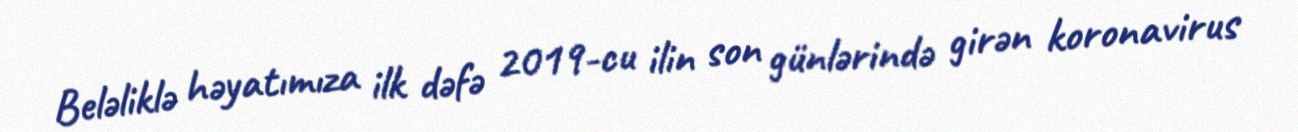
Beləliklə həyatımıza ilk dəfə 2019-cu ilin son günlərində girən koronavirus